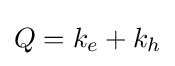
Q=k_{e}+k_{h}